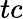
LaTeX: tc